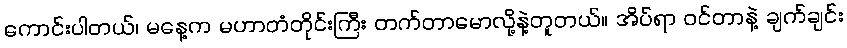
ကောင်းပါတယ်၊ မနေ့က မဟာတံတိုင်းကြီး တက်တာမောလို့နဲ့တူတယ်။ အိပ်ရာ ဝင်တာနဲ့ ချက်ချင်း